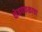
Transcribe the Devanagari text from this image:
क्षेत्रपफळाचा